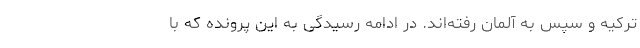
ترکیه و سپس به آلمان رفته‌اند. در ادامه رسیدگی به این پرونده که با